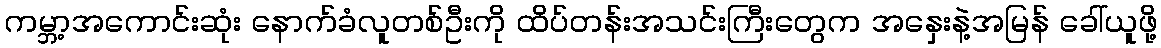
ကမ္ဘာ့အကောင်းဆုံး နောက်ခံလူတစ်ဦးကို ထိပ်တန်းအသင်းကြီးတွေက အနှေးနဲ့အမြန် ခေါ်ယူဖို့